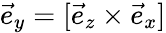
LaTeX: \vec{e}_{y}=[\vec{e}_{z}\times\vec{e}_{x}]